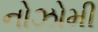
નોઝોમી